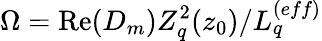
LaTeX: \Omega=\operatorname{Re}(D_{m})Z_{q}^{2}(z_{0})/L_{q}^{(eff)}